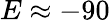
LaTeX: E\approx-90